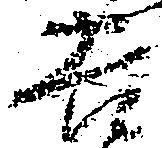
吉